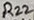
Text: R22